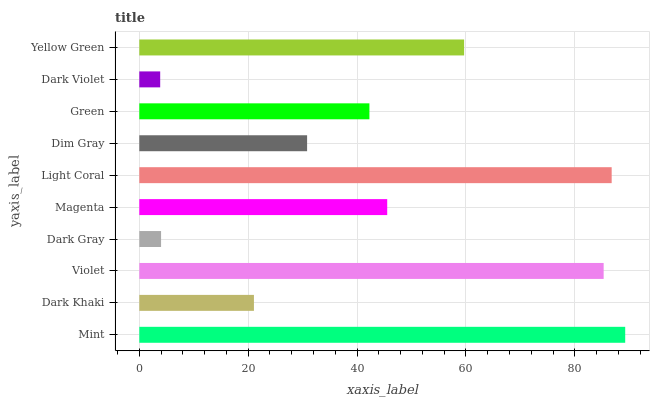
| yaxis_label | bars |
 | --- | --- |
 | Mint | 89.3 |
 | Dark Khaki | 21.1 |
 | Violet | 85.3 |
 | Dark Gray | 4 |
 | Magenta | 45.5 |
 | Light Coral | 86.8 |
 | Dim Gray | 30.8 |
 | Green | 42.3 |
 | Dark Violet | 3.84 |
 | Yellow Green | 59.7 |